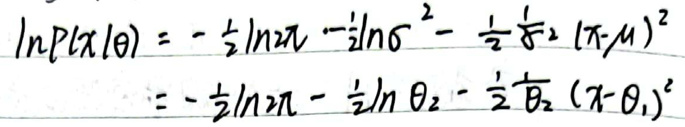
\[
\begin{align*}
\ln P(x|0) &= -\frac{1}{2}\ln 2\pi - \frac{1}{2}\ln \sigma^2 - \frac{1}{2}\frac{1}{\sigma^2}(x-\mu)^2\\
&= -\frac{1}{2}\ln 2\pi - \frac{1}{2}\ln \theta_2 - \frac{1}{2}\frac{1}{\theta_2}(x-\theta_1)^2
\end{align*}
\]